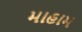
માહામ